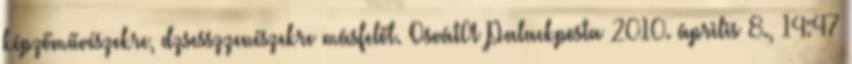
képzőművészekre, dzsesszzenészekre másfelől. OsvátA Palackposta 2010. április 8., 14:47